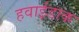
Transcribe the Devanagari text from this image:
हवाईडाक